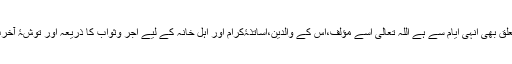
کیونکہ قربانی کا تعلق بھی انہی ایام سے ہے اللہ تعالی اسے مؤلف،اس کے والدین،اساتذۂکرام اور اہل خانہ کے لیے اجر وثواب کا ذریعہ اور توشۂ آخرت بنائے (آمین) (م۔